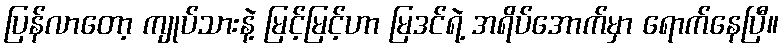
ပြန်လာတော့ ကျုပ်သားနဲ့ မြင့်မြင့်ဟာ မြဒင်ရဲ့ အရိပ်အောက်မှာ ရောက်နေပြီ။